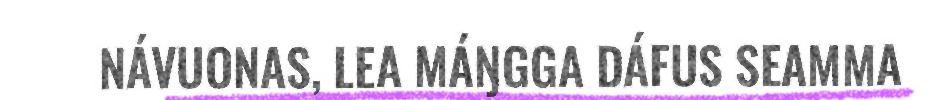
NÁVUONAS, LEA MÁŊGGA DÁFUS SEAMMA